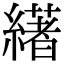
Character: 𦅷